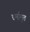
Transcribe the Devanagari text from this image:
धर्मामृत